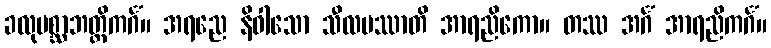
ခလုပစ္ဆာဘတ္တိကင်္ဂံ။ အရညေ နိဝါသော သီလမဿာတိ အာရညိကော။ တဿ အင်္ဂံ အာရညိကင်္ဂံ။